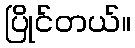
ပြိုင်တယ်။